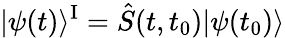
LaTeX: |\psi(t)\rangle^{\mathrm{I}}=\hat{S}(t,t_{0})|\psi(t_{0})\rangle